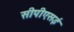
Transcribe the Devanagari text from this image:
सीपीएसई